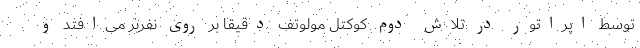
توسط اپراتور در تلاش دوم کوکتل مولوتف دقیقا بر روی نفربر می‌افتد و